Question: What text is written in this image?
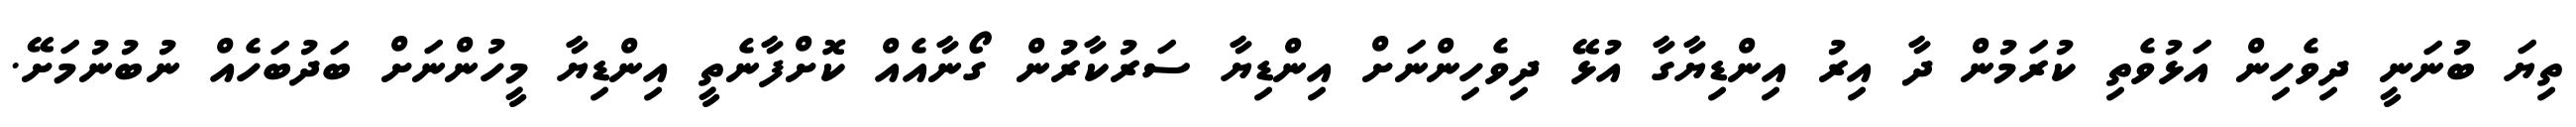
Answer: ތިޔަ ބުނަނީ ދިވެހިން އަޅުވެތި ކުރަމުން ދާ އިރު އިންޑިޔާގާ އުޅޭ ދިވެހިންނަށް އިންޑިޔާ ސަރުކާރުން ގޯނާއެއް ކޮށްފާނެތީ އިންޑިޔާ މީހުންނަށް ބަދުބަހެއް ނުބުނުމަށޭ.